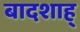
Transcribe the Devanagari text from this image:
बादशाह्